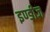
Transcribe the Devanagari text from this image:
इण्डीज